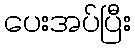
ပေးအပ်ပြီး